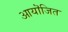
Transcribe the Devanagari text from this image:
आयॊजित